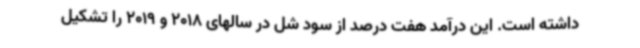
داشته است. این درآمد هفت درصد از سود شل در سالهای 2018 و 2019 را تشکیل